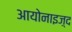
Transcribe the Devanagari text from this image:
आयोनाइज़्द